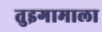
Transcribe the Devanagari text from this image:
तुइगामाला